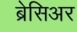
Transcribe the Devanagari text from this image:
ब्रेसिअर